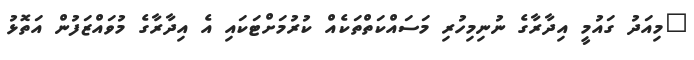
"މިއަދު ގައުމީ އިދާރާގެ ނުނިމިހުރި މަސައްކަތްތަކެއް ކުރުމަށްޓަަކައި އެ އިދާރާގެ މުވައްޒަފުން އަތޮޅު